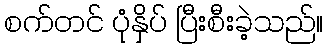
စက်တင် ပုံနှိပ် ပြီးစီးခဲ့သည်။